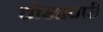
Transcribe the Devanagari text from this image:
धोखाधारी